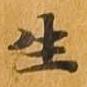
生